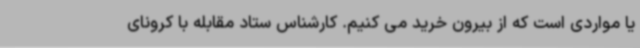
یا مواردی است که از بیرون خرید می کنیم. کارشناس ستاد مقابله با کرونای